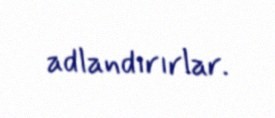
adlandırırlar.